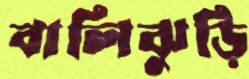
বালিঝুড়ি